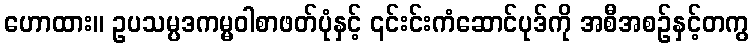
ဟောထား။ ဥပသမ္ပဒကမ္မဝါစာဖတ်ပုံနှင့် ၎င်းင်းကံဆောင်ပုဒ်ကို အစီအစဉ်နှင့်တကွ